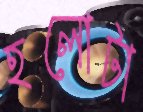
হলোটা